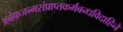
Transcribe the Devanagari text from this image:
अनेकजन्मसंप्राप्तकर्मबन्धविदाहिने